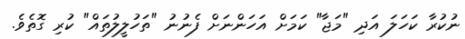
ނުކުރާ ކަހަލަ އަދި "މަޖާ" ކަމަށް އަހަންނަށް ފެނުނު "ތަހުލީލުތައް" ކުރި ގޮތެވެ.